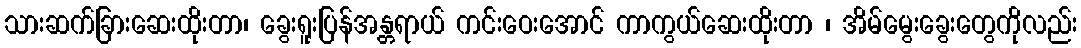
သားဆက်ခြားဆေးထိုးတာ၊ ခွေးရူးပြန်အန္တရာယ် ကင်းဝေးအောင် ကာကွယ်ဆေးထိုးတာ ၊ အိမ်မွေးခွေးတွေကိုလည်း